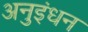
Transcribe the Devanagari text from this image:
अनुइंधन